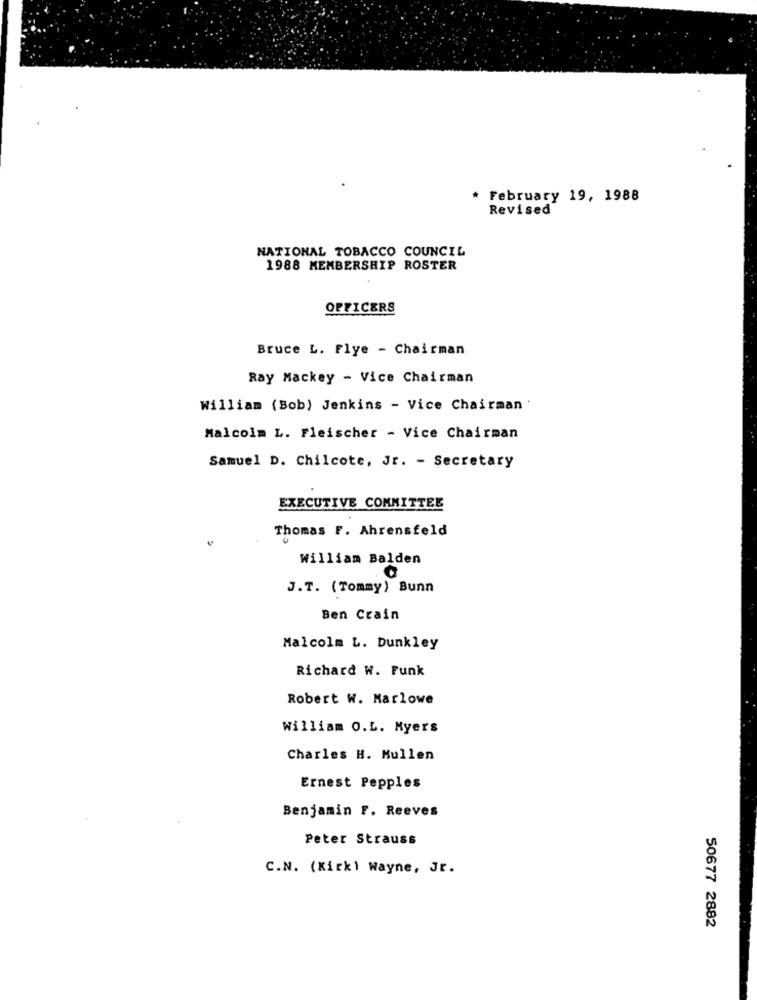
* February 19, 1988
Revised
NATIONAL TOBACCO COUNCIL
1988 MEMBERSHIP ROSTER
OFFICERS
Bruce L. Flye - Chairman
Ray Mackey - Vice Chairman
William (Bob) Jenkins - Vice Chairman '
Malcolm L. Fleischer - Vice Chairman
Samuel D. Chilcote, Jr. - Secretary
EXECUTIVE COMMITTEE
Thomas F. Ahrensfeld
William Balden
J.T. (Tommy) Bunn
Ben Crain
Malcolm L. Dunkley
Richard W. Funk
Robert W. Marlowe
William O.L. Myers
Charles H. Mullen
Ernest Pepples
Benjamin F. Reeves
Peter Strauss
C.N. (Kirk1 Wayne, Jr.
50677 2882